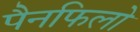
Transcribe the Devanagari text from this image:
पैनफिलो